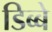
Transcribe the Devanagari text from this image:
डिब्बे